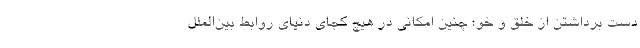
دست برداشتن از خلق و خو؛ چنین امکانی در هیچ کجای دنیای روابط بین‌الملل